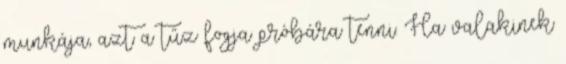
munkája, azt a tűz fogja próbára tenni. Ha valakinek